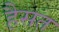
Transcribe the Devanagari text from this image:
हैसत